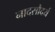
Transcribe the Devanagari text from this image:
नादसौदर्य